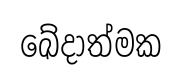
ඛේදාත්මක